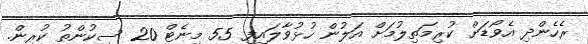
ރެހެންދި އެވޯޑަށް ކުރިމަތިލުމަށް އަލުން ހުޅުވާލައިފި 55 މިނެޓް 20 ސިކުންތު ކުރިން.